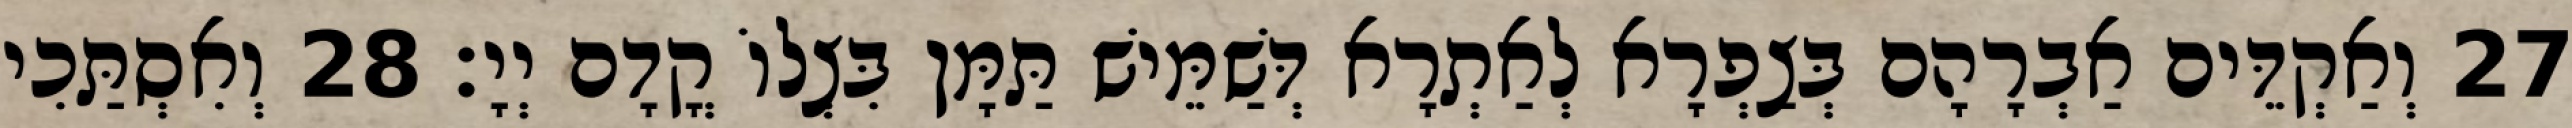
27 וְאַקְדֵּים אַבְרָהָם בְּצַפְרָא לְאַתְרָא דְּשַׁמֵּישׁ תַּמָּן בִּצְלוֹ קֳדָם יְיָ׃ 28 וְאִסְתַּכִי